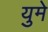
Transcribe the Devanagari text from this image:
युमे